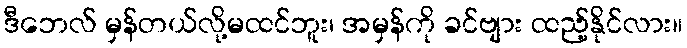
ဒီဘေလ် မှန်တယ်လို့မထင်ဘူး၊ အမှန်ကို ခင်ဗျား ထည့်နိုင်လား။